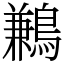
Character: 鶼